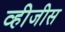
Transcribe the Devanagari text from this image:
व्हीजीस